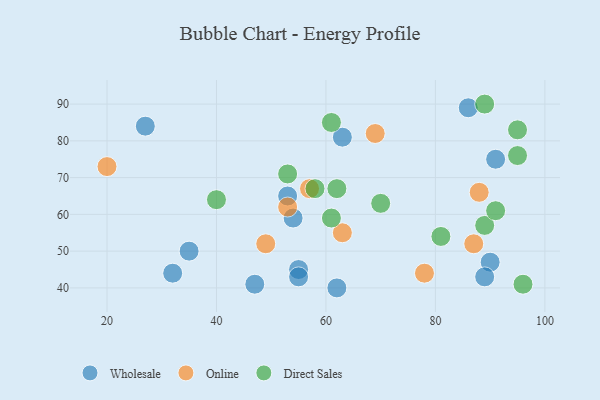
{"axis": {"x": "GDP", "y": "Life Expectancy"}, "legend": ["Direct Sales", "Online", "Wholesale"], "data": [{"x": "32", "y": 44, "type": "Wholesale"}, {"x": "86", "y": 89, "type": "Wholesale"}, {"x": "35", "y": 50, "type": "Wholesale"}, {"x": "27", "y": 84, "type": "Wholesale"}, {"x": "47", "y": 41, "type": "Wholesale"}, {"x": "55", "y": 45, "type": "Wholesale"}, {"x": "90", "y": 47, "type": "Wholesale"}, {"x": "89", "y": 43, "type": "Wholesale"}, {"x": "63", "y": 81, "type": "Wholesale"}, {"x": "62", "y": 40, "type": "Wholesale"}, {"x": "55", "y": 43, "type": "Wholesale"}, {"x": "54", "y": 59, "type": "Wholesale"}, {"x": "53", "y": 65, "type": "Wholesale"}, {"x": "91", "y": 75, "type": "Wholesale"}, {"x": "69", "y": 82, "type": "Online"}, {"x": "20", "y": 73, "type": "Online"}, {"x": "53", "y": 62, "type": "Online"}, {"x": "57", "y": 67, "type": "Online"}, {"x": "87", "y": 52, "type": "Online"}, {"x": "88", "y": 66, "type": "Online"}, {"x": "49", "y": 52, "type": "Online"}, {"x": "78", "y": 44, "type": "Online"}, {"x": "63", "y": 55, "type": "Online"}, {"x": "95", "y": 83, "type": "Direct Sales"}, {"x": "61", "y": 85, "type": "Direct Sales"}, {"x": "81", "y": 54, "type": "Direct Sales"}, {"x": "58", "y": 67, "type": "Direct Sales"}, {"x": "89", "y": 57, "type": "Direct Sales"}, {"x": "53", "y": 71, "type": "Direct Sales"}, {"x": "96", "y": 41, "type": "Direct Sales"}, {"x": "95", "y": 76, "type": "Direct Sales"}, {"x": "89", "y": 90, "type": "Direct Sales"}, {"x": "70", "y": 63, "type": "Direct Sales"}, {"x": "91", "y": 61, "type": "Direct Sales"}, {"x": "40", "y": 64, "type": "Direct Sales"}, {"x": "61", "y": 59, "type": "Direct Sales"}, {"x": "62", "y": 67, "type": "Direct Sales"}]}